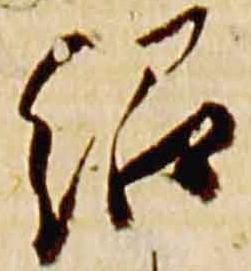
紹